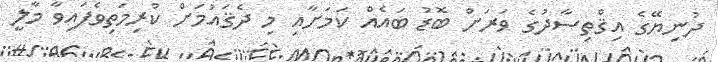
ދުނިޔޭގެ އިޤްތިސާދުގެ ވަރަށް ބޮޑު ބައެއް ކަމަށާއި މި ދެޤައުމަށް ކުރިމަތިވެފައިވާ މާލީ